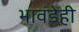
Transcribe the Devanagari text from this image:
भावंडेही